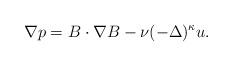
LaTeX: \begin{align*}\nabla p=B\cdot \nabla B-\nu(-\Delta)^{\kappa} u. \end{align*}